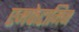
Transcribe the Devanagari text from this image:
एमफेटामिन